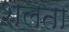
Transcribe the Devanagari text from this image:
शलता